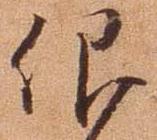
仰